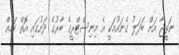
ނަތީޖާ އަށް ބަދަލު ގެނައުމަކީ އެ މިނިސްޓްރީގެ ބާރުގެ ދަށުގައި އޮތް ކަމެއް